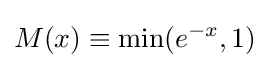
M(x)\equiv \min(e^{-x},1)